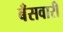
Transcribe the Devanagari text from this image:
बँसवारी